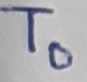
Text: T0